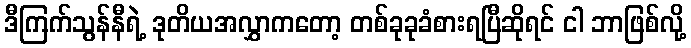
ဒီကြက်သွန်နီရဲ့ ဒုတိယအလွှာကတော့ တစ်ခုခုခံစားရပြီဆိုရင် ငါ ဘာဖြစ်လို့